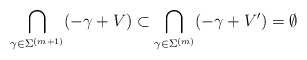
\begin{align*} \bigcap_{\gamma\in\Sigma^{(m+1)}} (-\gamma+V) \subset \bigcap_{\gamma\in\Sigma^{(m)}} (-\gamma+V') = \emptyset \end{align*}